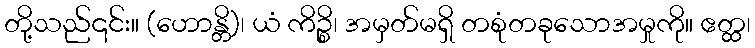
တို့သည်၎င်း။ (ဟောန္တိ)၊ ယံ ကိဉ္စိ၊ အမှတ်မရှိ တစုံတခုသောအမှုကို။ ဧတ္ထ၊